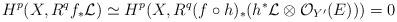
LaTeX: \begin{align*}H^p(X, R^qf_*\mathcal L)\simeq H^p(X, R^q(f\circ h)_*(h^*\mathcal L\otimes \mathcal O_{Y'}(E)))=0\end{align*}